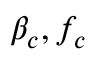
\beta _ { c } , f _ { c }